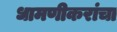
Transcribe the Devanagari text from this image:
धामणीकरांचा